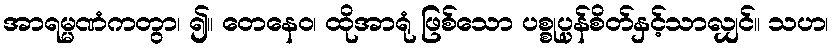
အာရမ္မဏံကတွာ၊ ၍။ တေနေဝ၊ ထိုအာရုံ ဖြစ်သော ပစ္စုပ္ပန်စိတ်နှင့်သာလျှင်။ သဟ၊